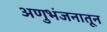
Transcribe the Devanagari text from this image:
अणुभंजनातून